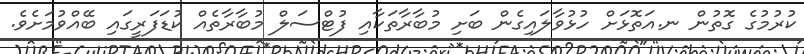
ކުރުމުގެ ގޮތުން ނ.އަތޮޅަށް ހުޅުވާލައިގެން ބަށި މުބާރާތަކާއި ފުޓްސަލް މުބާރާތެއް ކުޑަފަރީގައި ބޭއްވުމަށެވެ.